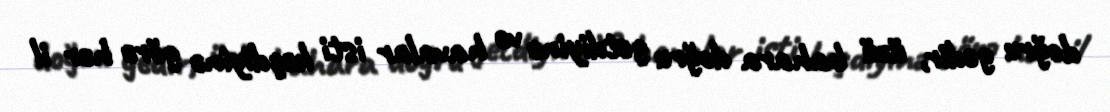
doğru gedir, üzü bahara doğru getdiyinə və havalar isti keçdiyinə görə hər il